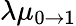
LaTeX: \lambda\mu_{0\to 1}